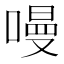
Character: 𠼦